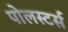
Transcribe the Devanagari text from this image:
पोलस्टर्स